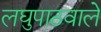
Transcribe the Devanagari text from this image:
लघुपाठवाले